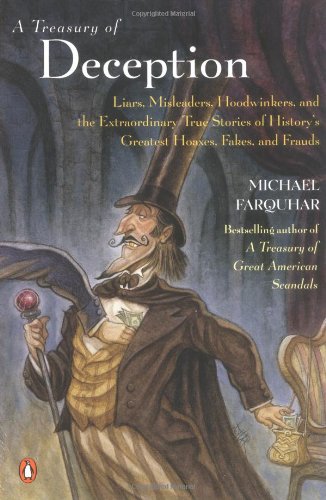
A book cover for A Treasury of Deception: Liars, Misleaders, Hoodwinkers, and the Extraordinary True Stories of History's Greatest Hoaxes, Fakes and Frauds; Michael Farquhar; Humor & Entertainment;